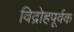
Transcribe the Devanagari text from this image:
विद्रोहपूर्वक